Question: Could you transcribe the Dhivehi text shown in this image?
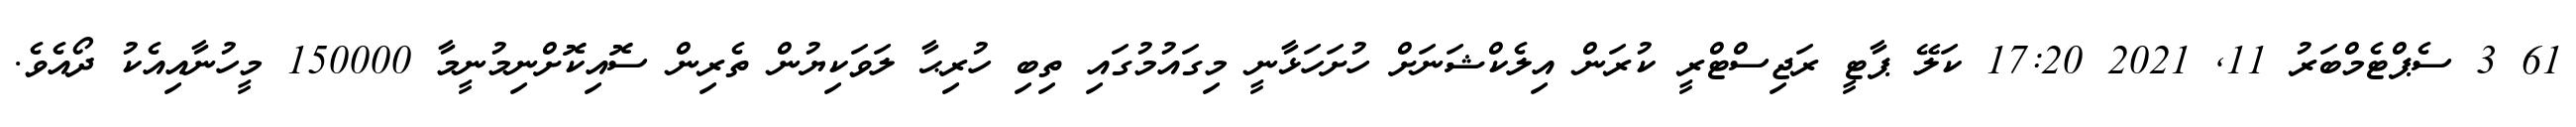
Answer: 61 3 ސެޕްޓެމްބަރު 11, 2021 17:20 ކަލޭ ޕާޓީ ރަޖިސްޓްރީ ކުރަން އިލެކްޝަނަށް ހުށަހަޅާނީ މިގައުމުގައި ތިބި ހުރިޙާ ލަވަކިޔުން ތެރިން ސޮއިކޮށްނިމުނީމާ 150000 މީހުނާއިއެކު ދޯއެވެ.